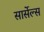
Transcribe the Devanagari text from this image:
सार्सेल्स